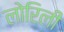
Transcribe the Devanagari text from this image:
लोरिली